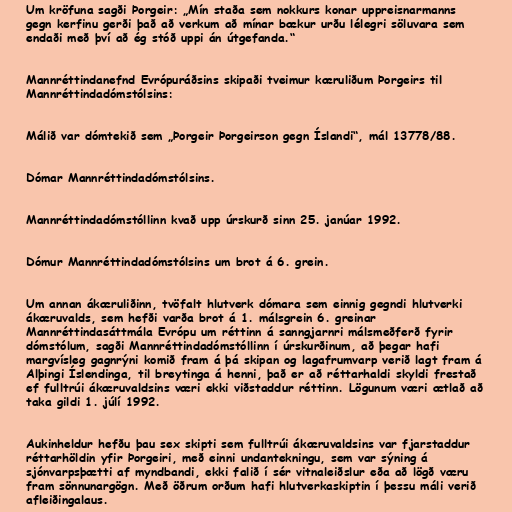
Um kröfuna sagði Þorgeir: „Mín staða sem nokkurs konar uppreisnarmanns
gegn kerfinu gerði það að verkum að mínar bækur urðu lélegri söluvara sem
endaði með því að ég stóð uppi án útgefanda.“

Mannréttindanefnd Evrópuráðsins skipaði tveimur kæruliðum Þorgeirs til
Mannréttindadómstólsins:

Málið var dómtekið sem „Þorgeir Þorgeirson gegn Íslandi“, mál 13778/88.

Dómar Mannréttindadómstólsins.

Mannréttindadómstóllinn kvað upp úrskurð sinn 25. janúar 1992.

Dómur Mannréttindadómstólsins um brot á 6. grein.

Um annan ákæruliðinn, tvöfalt hlutverk dómara sem einnig gegndi hlutverki
ákæruvalds, sem hefði varða brot á 1. málsgrein 6. greinar
Mannréttindasáttmála Evrópu um réttinn á sanngjarnri málsmeðferð fyrir
dómstólum, sagði Mannréttindadómstóllinn í úrskurðinum, að þegar hafi
margvísleg gagnrýni komið fram á þá skipan og lagafrumvarp verið lagt fram á
Alþingi Íslendinga, til breytinga á henni, það er að réttarhaldi skyldi frestað
ef fulltrúi ákæruvaldsins væri ekki viðstaddur réttinn. Lögunum væri ætlað að
taka gildi 1. júlí 1992.

Aukinheldur hefðu þau sex skipti sem fulltrúi ákæruvaldsins var fjarstaddur
réttarhöldin yfir Þorgeiri, með einni undantekningu, sem var sýning á
sjónvarpsþætti af myndbandi, ekki falið í sér vitnaleiðslur eða að lögð væru
fram sönnunargögn. Með öðrum orðum hafi hlutverkaskiptin í þessu máli verið
afleiðingalaus.